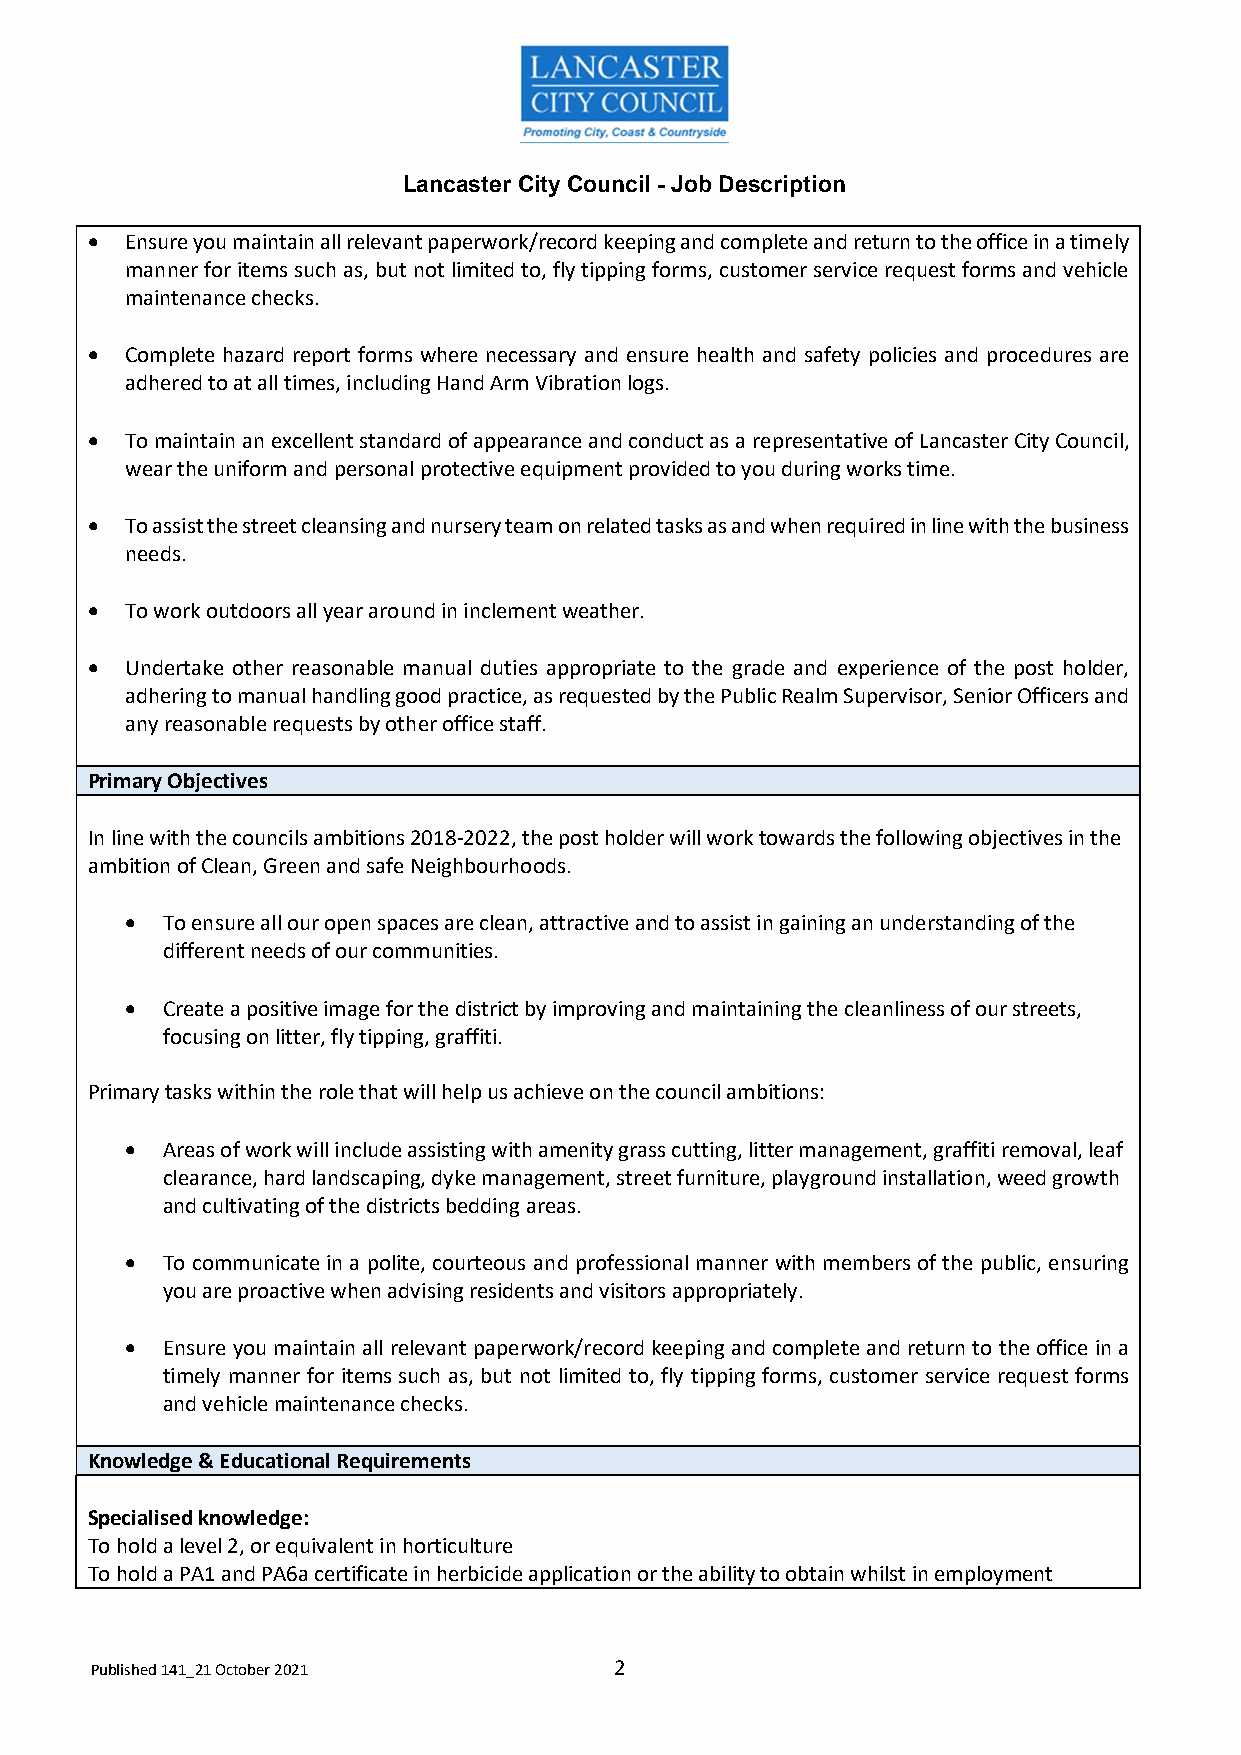
Lancaster City Council - Job Description
  Ensure you maintain all relevant paperwork/record keeping and complete and return to the office in a timely
 manner for items such as, but not limited to, fly tipping forms, customer service request forms and vehicle
 maintenance checks.
  Complete hazard report forms where necessary and ensure health and safety policies and procedures are
 adhered to at all times, including Hand Arm Vibration logs.
  To maintain an excellent standard of appearance and conduct as a representative of Lancaster City Council,
 wear the uniform and personal protective equipment provided to you during works time.
  To assist the street cleansing and nursery team on related tasks as and when required in line with the business
 needs.
  To work outdoors all year around in inclement weather.
  Undertake other reasonable manual duties appropriate to the grade and experience of the post holder,
 adhering to manual handling good practice, as requested by the Public Realm Supervisor, Senior Officers and
 any reasonable requests by other office staff.
 Primary Objectives
 In line with the councils ambitions 2018-2022, the post holder will work towards the following objectives in the
 ambition of Clean, Green and safe Neighbourhoods.
   To ensure all our open spaces are clean, attractive and to assist in gaining an understanding of the
 different needs of our communities.
   Create a positive image for the district by improving and maintaining the cleanliness of our streets,
 focusing on litter, fly tipping, graffiti.
 Primary tasks within the role that will help us achieve on the council ambitions:
   Areas of work will include assisting with amenity grass cutting, litter management, graffiti removal, leaf
 clearance, hard landscaping, dyke management, street furniture, playground installation, weed growth
 and cultivating of the districts bedding areas.
   To communicate in a polite, courteous and professional manner with members of the public, ensuring
 you are proactive when advising residents and visitors appropriately.
   Ensure you maintain all relevant paperwork/record keeping and complete and return to the office in a
 timely manner for items such as, but not limited to, fly tipping forms, customer service request forms
 and vehicle maintenance checks.
 Knowledge & Educational Requirements
 Specialised knowledge:
 To hold a level 2, or equivalent in horticulture
 To hold a PA1 and PA6a certificate in herbicide application or the ability to obtain whilst in employment
 Published 141_21 October 2021      2